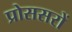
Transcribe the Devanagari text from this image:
प्रोससरों